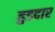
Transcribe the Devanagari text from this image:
हुडदार